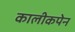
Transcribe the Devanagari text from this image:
कालीकपेन